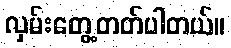
လှမ်းတွေ့တတ်ပါတယ်။